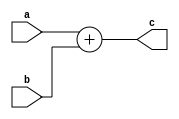
`timescale 1ns / 1ps
//////////////////////////////////////////////////////////////////////////////////
// Company: 
// Engineer: 
// 
// Design Name: 
// Module Name: add_32
// Project Name: 
// Target Devices: 
// Tool Versions: 
// Description: 
// 
// Dependencies: 
// 
// Revision:
// Revision 0.01 - File Created
// Additional Comments:
// 
//////////////////////////////////////////////////////////////////////////////////


module add_32(    input [31:0] a, 
				  input [31:0] b, 
				  output [31:0]c


    );
    assign c=a+b;
endmodule